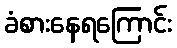
ခံစားနေရကြောင်း